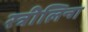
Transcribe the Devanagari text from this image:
स्त्रीलिन्ग